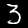
Label: 3